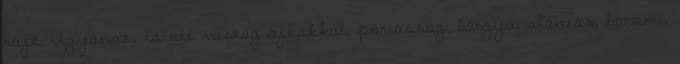
rajz. Ugyanaz, tátott vastag ajkakkal, póriasság, bárgyú, alantas, baromi,